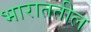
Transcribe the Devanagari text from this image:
भाराततील